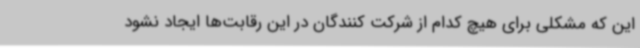
این که مشکلی برای هیچ کدام از شرکت کنندگان در این رقابت‌ها ایجاد نشود